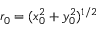
r _ { 0 } = ( x _ { 0 } ^ { 2 } + y _ { 0 } ^ { 2 } ) ^ { 1 / 2 }